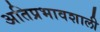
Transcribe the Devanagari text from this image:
अतिप्रभावशाली